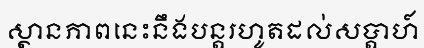
ស្ថានភាពនេះនឹងបន្តរហូតដល់សប្តាហ៍